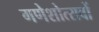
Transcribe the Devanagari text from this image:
गणेशोत्सवों